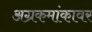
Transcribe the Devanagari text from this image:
अग्रकमांकावर